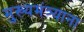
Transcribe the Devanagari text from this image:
मुख्यमंत्र्याना